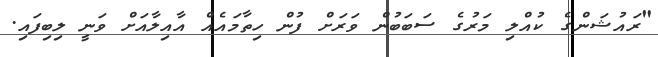
"ރައުޝަންގެ ކުއްލި މަރުގެ ސަބަބުން ވަރަށް ފުން ހިތާމައެއް އާއިލާއަށް ވަނީ ލިބިފައި.